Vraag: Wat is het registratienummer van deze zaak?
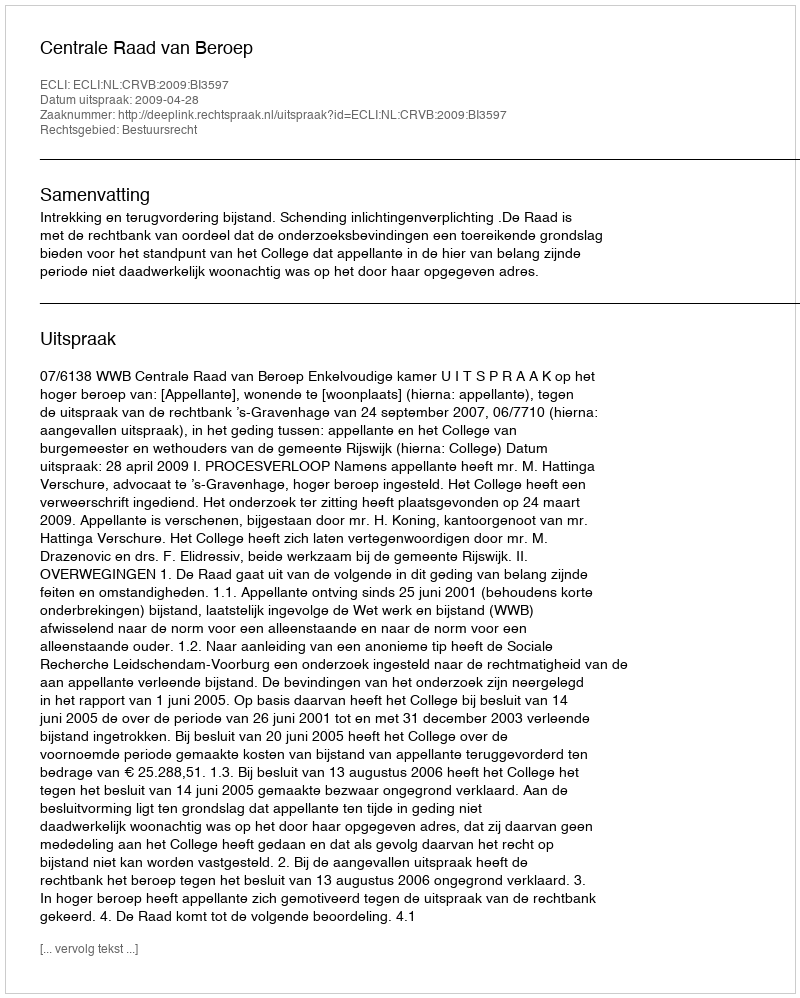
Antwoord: http://deeplink.rechtspraak.nl/uitspraak?id=ECLI:NL:CRVB:2009:BI3597